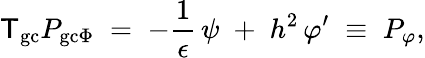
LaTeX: {\sf T}_{\mathrm{gc}}P_{\mathrm{gc}\Phi}\; =\; -\frac{1}{\epsilon}\, \psi\; +\; h^{2}\, \varphi^{\prime}\; \equiv\; P_{\varphi},